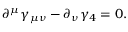
\partial ^ { \mu } \gamma _ { \mu \nu } - \partial _ { \nu } \gamma _ { 4 } = 0 .